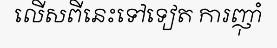
លើសពីនេះទៅទៀត ការញ៉ាំ